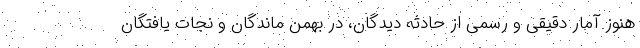
هنوز آمار دقیقی و رسمی از حادثه دیدگان، در بهمن ماندگان و نجات یافتگان